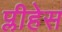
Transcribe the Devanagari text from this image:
प्लीहेस